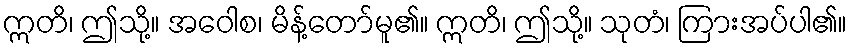
ဣတိ၊ ဤသို့။ အဝေါစ၊ မိန့်တော်မူ၏။ ဣတိ၊ ဤသို့။ သုတံ၊ ကြားအပ်ပါ၏။